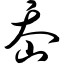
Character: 岙